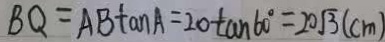
B Q = A B \tan A = 2 0 \tan 6 0 ^ { \circ } = 2 0 \sqrt { 3 } ( c m )